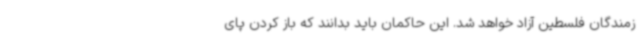
زمندگان فلسطین آزاد خواهد شد. این حاکمان باید بدانند که باز کردن پای